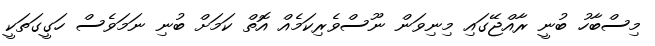
މިސްބާހު ބުނީ ރާއްޖޭގައި މިނިވަން ނޫސްވެރިކަމެއް އޮތް ކަމަށް ބުނި ނަމަވެސް ހަގީގަތަކީ